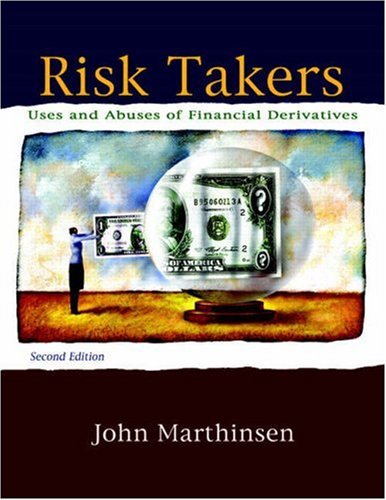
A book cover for Risk Takers: Uses and Abuses of Financial Derivatives (2nd Edition); John Marthinsen; Business & Money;